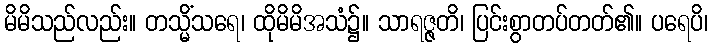
မိမိသည်လည်း။ တသ္မိံသရေ၊ ထိုမိမိအသံ၌။ သာရဇ္ဇတိ၊ ပြင်းစွာတပ်တတ်၏။ ပရေပိ၊